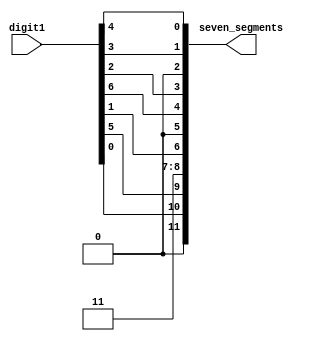
module sm_hex_display_digit
(
    input [6:0] digit1,
    output [11:0] seven_segments
);


    assign seven_segments = {1'b0, digit1[0], digit1[5], 2'b11, digit1[1], 1'b0, digit1[6], digit1[2], 1'b0, digit1[3], digit1[4]};
	 

endmodule